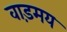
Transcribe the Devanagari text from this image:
वाड़मय